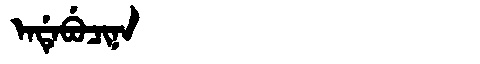
Manchu: ᡝᠨᡩᡝᠪᡠᠴᡳᠨᠠ
Romanization: ENDEBUCINA